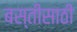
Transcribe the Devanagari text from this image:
बस्तीसाठी